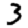
Digit: 3